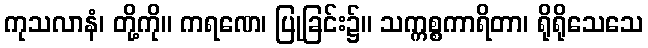
ကုသလာနံ၊ တို့ကို။ ကရဏေ၊ ပြုခြင်း၌။ သက္ကစ္စကာရိတာ၊ ရိုရိုသေသေ